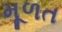
મૂળત